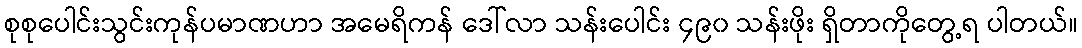
စုစုပေါင်းသွင်းကုန်ပမာဏဟာ အမေရိကန် ဒေါ်လာ သန်းပေါင်း ၄၉၀ သန်းဖိုး ရှိတာကိုတွေ့ရ ပါတယ်။